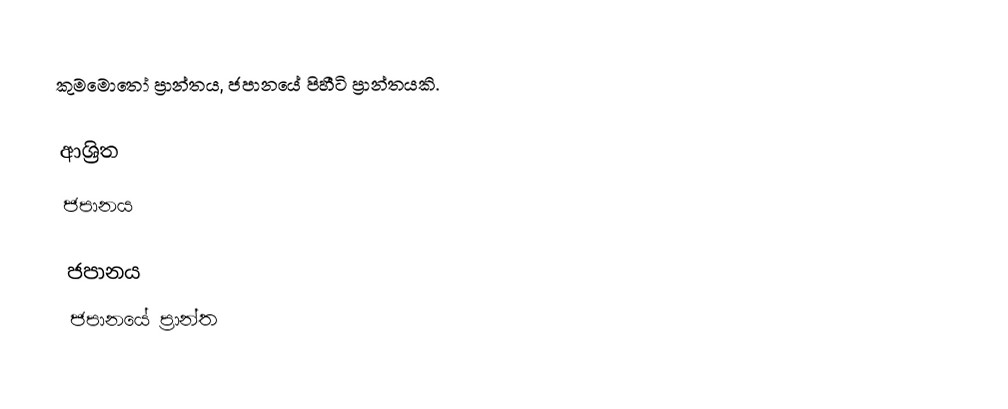
කුමමොතෝ ප්‍රාන්තය, ජපානයේ පිහීටි ප්‍රාන්තයකි.

ආශ්‍රිත
 ජපානය

ජපානය
ජපානයේ ප්‍රාන්ත